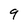
Character: 9